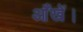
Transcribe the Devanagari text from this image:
आँखें।